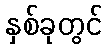
နှစ်ခုတွင်